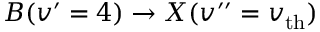
B ( v ^ { \prime } = 4 ) \rightarrow X ( v ^ { \prime \prime } = v _ { \mathrm { t h } } )